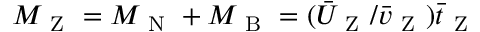
M _ { \mathrm { ~ Z ~ } } = M _ { \mathrm { ~ N ~ } } + M _ { \mathrm { ~ B ~ } } = ( \bar { U } _ { \mathrm { ~ Z ~ } } / \bar { v } _ { \mathrm { ~ Z ~ } } ) \bar { t } _ { \mathrm { ~ Z ~ } }